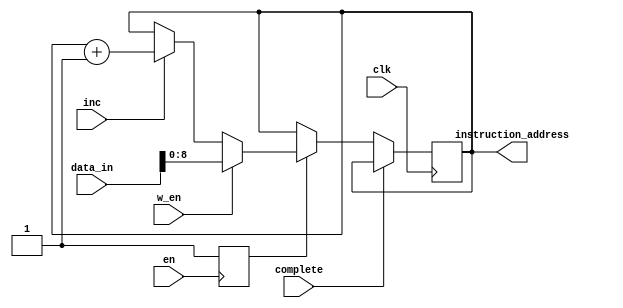
`timescale 1ns / 1ps


module PCounter(
    input clk,
    input en,
    input w_en,
    input complete,
    input inc,
    input [31:0] data_in,
    output reg [8:0] instruction_address //input to instruction register and B bus mux
    );


    reg start=1'b0;
   
    always @(posedge en)
        start<=1'b1; 
   
     initial
        begin
            instruction_address=9'd0;   
        end
   
    always @(posedge clk)
        begin
            if (complete==1)
                begin
                instruction_address <= instruction_address;
                end
            else if (start)
                begin
                    if(w_en==1)
                        begin
                            instruction_address <= data_in[8:0];
                        end
                     else if (inc==1)
                         begin
                            instruction_address <= instruction_address+1;
                         end
                     else
                         begin
                            instruction_address<=instruction_address;
                         end
                 end  
        end
   
endmodule